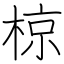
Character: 椋